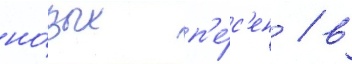
но́вых п'е́с'ен / в